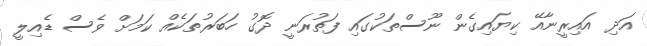
އަދި އައިރީނާއޭ ކިޔައިގެން ނޫސްތަކުގައި ފަތުރަނީ ދޮގު ހަބަރުތަކެއް ކަމަށް ވެސް ޑެއިލީ